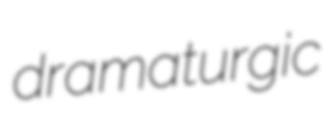
dramaturgic